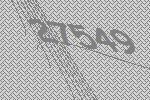
27549